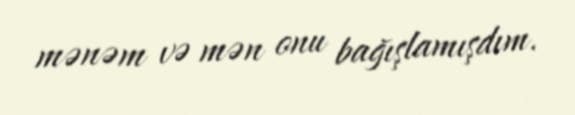
mənəm və mən onu bağışlamışdım.